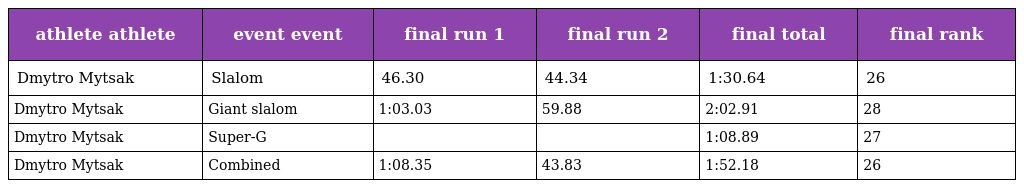
| athlete athlete | event event | final run 1 | final run 2 | final total | final rank |
 | --- | --- | --- | --- | --- | --- |
 | Dmytro Mytsak | Slalom | 46.30 | 44.34 | 1:30.64 | 26 |
 | Dmytro Mytsak | Giant slalom | 1:03.03 | 59.88 | 2:02.91 | 28 |
 | Dmytro Mytsak | Super-G |  |  | 1:08.89 | 27 |
 | Dmytro Mytsak | Combined | 1:08.35 | 43.83 | 1:52.18 | 26 |